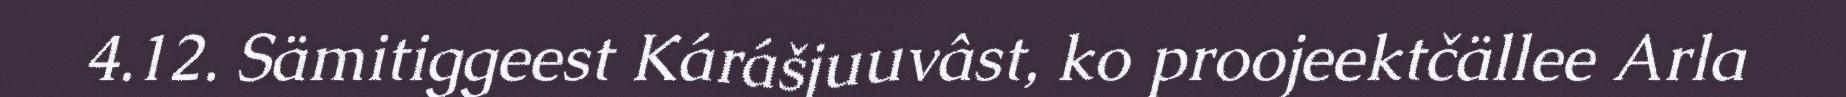
4.12. Sämitiggeest Kárášjuuvâst, ko proojeektčällee Arla